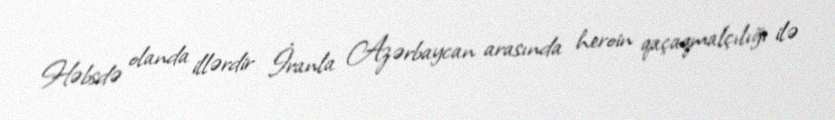
Həbsdə olanda illərdir İranla Azərbaycan arasında heroin qaçaqmalçılığı ilə